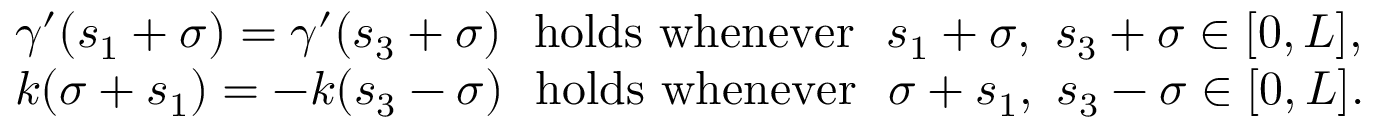
\begin{array} { r l } & { \gamma ^ { \prime } ( s _ { 1 } + \sigma ) = \gamma ^ { \prime } ( s _ { 3 } + \sigma ) \ \ \mathrm { h o l d s ~ w h e n e v e r } \ \ s _ { 1 } + \sigma , \ s _ { 3 } + \sigma \in [ 0 , L ] , } \\ & { k ( \sigma + s _ { 1 } ) = - k ( s _ { 3 } - \sigma ) \ \ \mathrm { h o l d s ~ w h e n e v e r } \ \ \sigma + s _ { 1 } , \ s _ { 3 } - \sigma \in [ 0 , L ] . } \end{array}